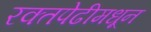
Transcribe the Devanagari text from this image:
रक्तपेढीमधून